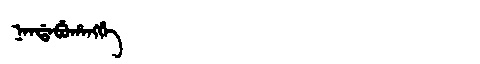
Manchu: ᠨᠠᠨᡩᠠᠪᡠᡥᠠᠩᡤᡝ
Romanization: NANDABUHANGGE